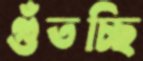
গুঁতচ্ছি